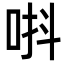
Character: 唞